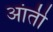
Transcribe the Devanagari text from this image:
आंती